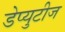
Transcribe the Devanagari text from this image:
डेप्युटीज